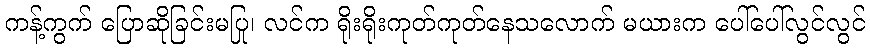
ကန့်ကွက် ပြောဆိုခြင်းမပြု၊ လင်က ရိုးရိုးကုတ်ကုတ်နေသလောက် မယားက ပေါ်ပေါ်လွင်လွင်